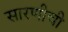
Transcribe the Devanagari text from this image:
सारणीची